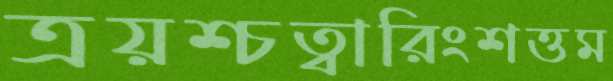
ত্রয়শ্চত্বারিংশত্তম